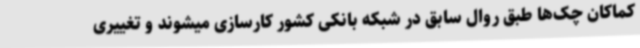
کماکان چک‌ها طبق روال سابق در شبکه بانکی کشور کارسازی میشوند و تغییری